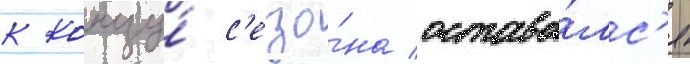
к концу́ с'езо́на остава́лс'я